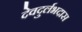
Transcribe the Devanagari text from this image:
देवदुर्लभदास